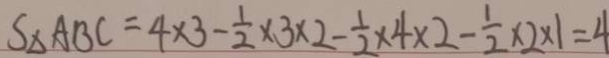
S _ { \Delta } A B C = 4 \times 3 - \frac { 1 } { 2 } \times 3 \times 2 - \frac { 1 } { 2 } \times 4 \times 2 - \frac { 1 } { 2 } \times 2 \times 1 = 4